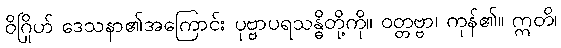
ဝိဂြိုဟ် ဒေသနာ၏အကြောင်း ပုဗ္ဗာပရသန္ဓိတို့ကို။ ဝတ္တဗ္ဗာ၊ ကုန်၏။ ဣတိ၊